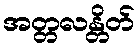
အတ္တလန္တိတ်